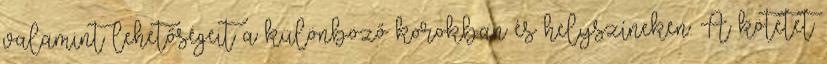
valamint lehetőségeit a különböző korokban és helyszíneken. A kötetet